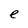
Character: e